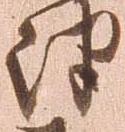
津